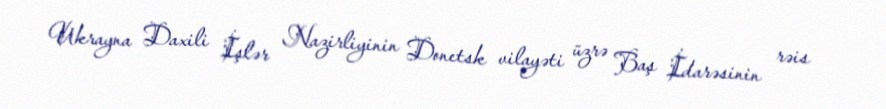
Ukrayna Daxili İşlər Nazirliyinin Donetsk vilayəti üzrə Baş İdarəsinin rəis